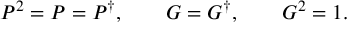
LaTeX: P ^ { 2 } = P = P ^ { \dagger } , \qquad G = G ^ { \dagger } , \qquad G ^ { 2 } = 1 .